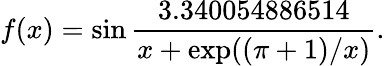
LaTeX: f(x)=\sin\frac{3.340054886514}{x+\exp((\pi+1)/x)}.